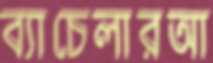
ব্যাচেলারআ